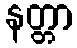
နတ္တာ